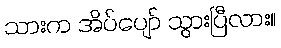
သားက အိပ်ပျော် သွားပြီလား။